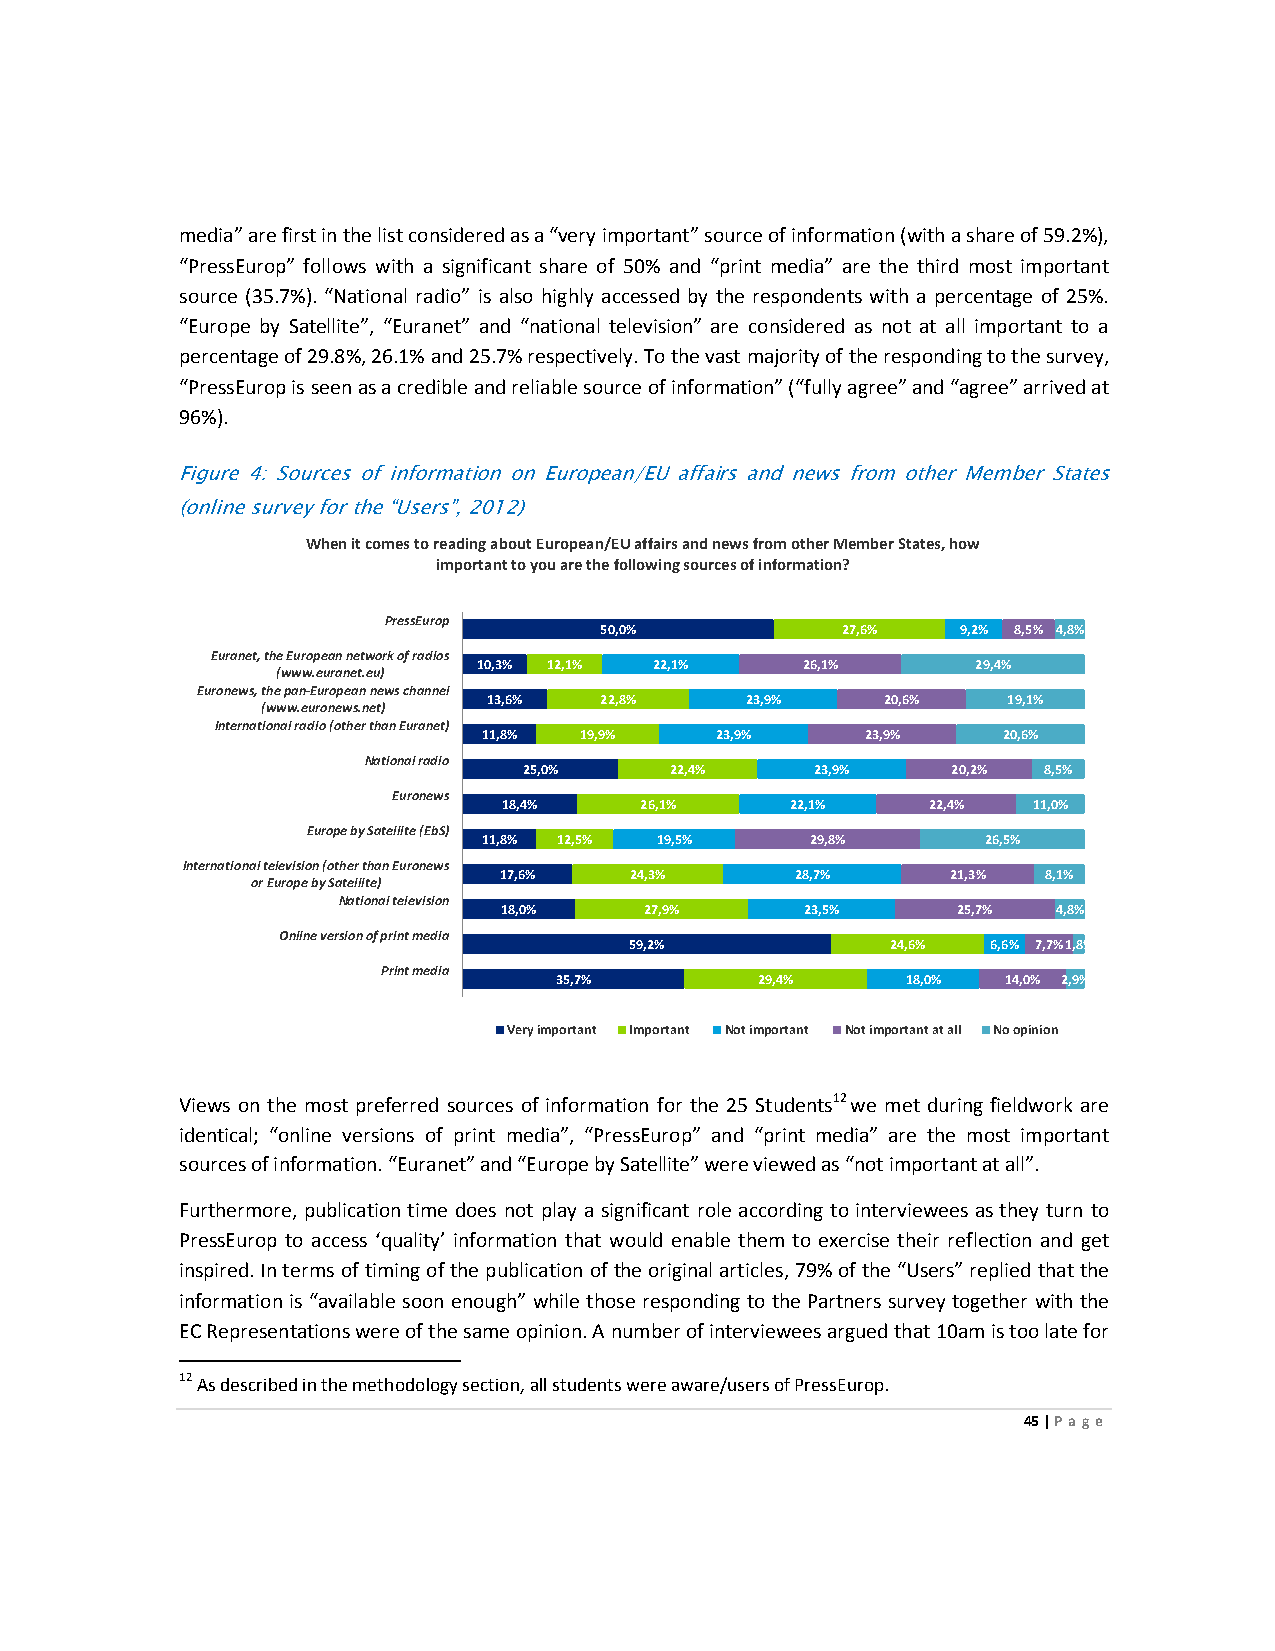
media” are first in the list considered as a “very important” source of information (with a share of 59.2%),
 “PressEurop” follows with a significant share of 50% and “print media” are the third most important
 source (35.7%). “National radio” is also highly accessed by the respondents with a percentage of 25%.
 “Europe by Satellite”, “Euranet” and “national television” are considered as not at all important to a
 percentage of 29.8%, 26.1% and 25.7% respectively. To the vast majority of the responding to the survey,
 “PressEurop is seen as a credible and reliable source of information” (“fully agree” and “agree” arrived at
 96%).
 Figure 4: Sources of information on European/EU affairs and news from other Member States
 (online survey for the “Users”, 2012)
 When it comes to reading about European/EU affairs and news from other Member States, how
 important to you are the following sources of information?
 PressEurop
 50,0%           27,6%   9,2% 8,5% 4,8%
 Euranet, the European network of radios
 10,3% 12,1% 22,1%    26,1%       29,4%
 (www.euranet.eu)
 Euronews, the pan-European news channel
 13,6%   22,8%    23,9%     20,6%   19,1%
 (www.euronews.net)
 International radio (other than Euranet)
 11,8% 19,9%    23,9%     23,9%    20,6%
 National radio
 25,0%    22,4%     23,9%    20,2% 8,5%
 Euronews
 18,4%    26,1%     22,1%    22,4%  11,0%
 Europe by Satellite (EbS)
 11,8% 12,5% 19,5%     29,8%      26,5%
 International television (other than Euronews
 17,6%    24,3%      28,7%     21,3% 8,1%
 or Europe by Satellite)
 National television
 18,0%     27,9%     23,5%     25,7%  4,8%
 Online version of print media
 59,2%            24,6%  6,6% 7,7%1,8%
 Print media
 35,7%        29,4%     18,0%  14,0% 2,9%
 Very important Important Not important Not important at all No opinion
 Views on the most preferred sources of information for the 25 Students12 we met during fieldwork are
 identical; “online versions of print media”, “PressEurop” and “print media” are the most important
 sources of information. “Euranet” and “Europe by Satellite” were viewed as “not important at all”.
 Furthermore, publication time does not play a significant role according to interviewees as they turn to
 PressEurop to access ‘quality’ information that would enable them to exercise their reflection and get
 inspired. In terms of timing of the publication of the original articles, 79% of the “Users” replied that the
 information is “available soon enough” while those responding to the Partners survey together with the
 EC Representations were of the same opinion. A number of interviewees argued that 10am is too late for
 12 As described in the methodology section, all students were aware/users of PressEurop.
 45 | Page